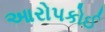
આરોપકોઈ